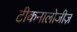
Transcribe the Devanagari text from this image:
टीकनालोजीज़